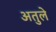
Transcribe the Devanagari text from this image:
अतुले